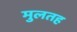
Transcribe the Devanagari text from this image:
मुलतह